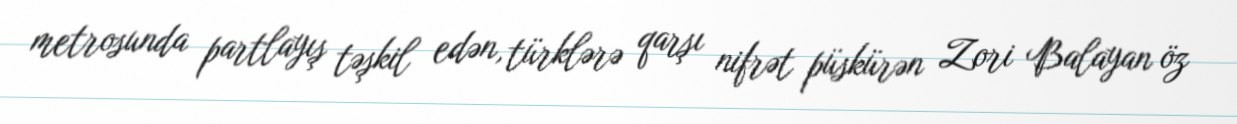
metrosunda partlayış təşkil edən, türklərə qarşı nifrət püskürən Zori Balayan öz